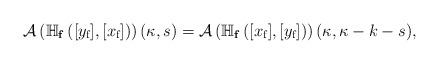
LaTeX: \begin{align*}\mathcal A\left(\mathbb{H}_{\mathbf{f}}\left([y_{\textup{f}}],[x_{\textup{f}}]\right)\right)(\kappa,s)=\mathcal A\left(\mathbb{H}_{\mathbf{f}}\left([x_{\textup{f}}],[y_{\textup{f}}]\right)\right)(\kappa,\kappa-k-s),\end{align*}